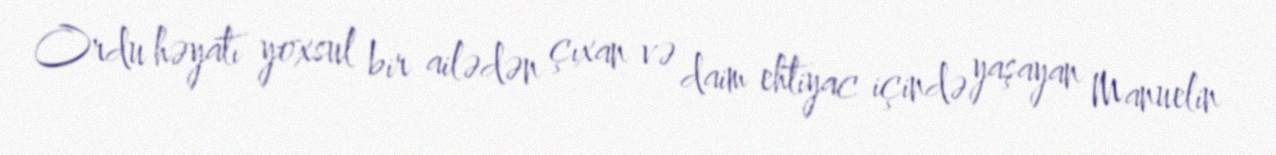
Ordu həyatı yoxsul bir ailədən çıxan və daim ehtiyac içində yaşayan Manuelin